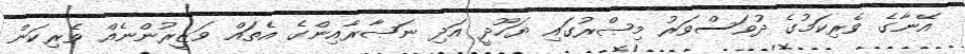
އޭނާގެ ވެރިކަމުގެ ދުވަސްވަރު މިޞްރުގައި ޔަހޫދީ އަދި ނަޞާރާއިންގެ އެތައް ވަޒީރުންނެއް ވެރިކަން